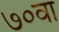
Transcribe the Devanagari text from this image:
७०वा